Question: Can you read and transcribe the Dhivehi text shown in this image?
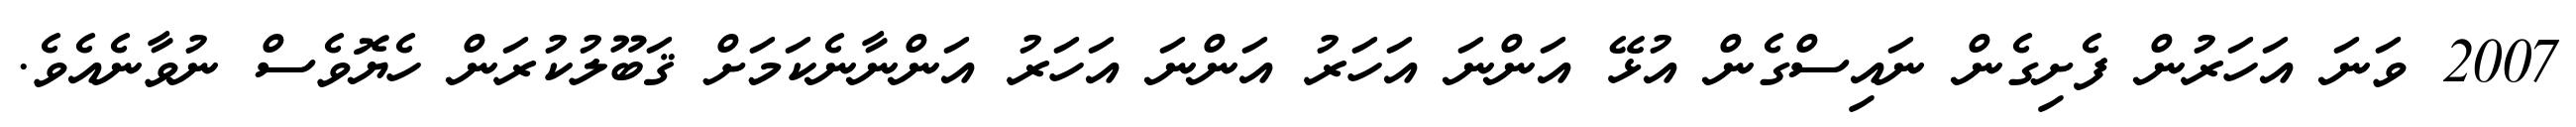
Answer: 2007 ވަނަ އަހަރުން ފެށިގެން ނައިސްގެން އުޅޭ އަންނަ އަހަރު އަންނަ އަހަރު އަންނާނެކަމަށް ޤަބޫލުކުރަން ހެޔޮވެސް ނުވާނެއެވެ.